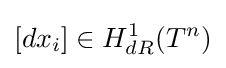
[dx_{i}]\in H_{dR}^{1}(T^{n})